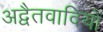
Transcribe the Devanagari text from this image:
अद्वैतवादियों